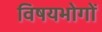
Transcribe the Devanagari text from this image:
विषयभोगों